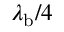
\lambda _ { \mathrm { b } } / 4